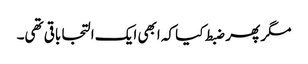
مگر پھر ضبط کیا کہ ابھی ایک التجا باقی تھی۔